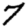
Digit: 7